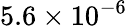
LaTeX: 5.6\times 10^{-6}